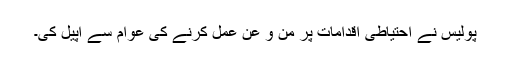
پولیس نے احتیاطی اقدامات پر من و عن عمل کرنے کی عوام سے اپیل کی۔